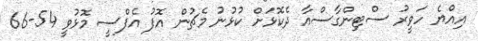
އިއްޔެ ހަވީރު ސްޓިންގާސްއާ ދެކޮޅަށް ކުޅުނު މެޗުން އޮފު އެފްސީ މޮޅުވީ 54-66